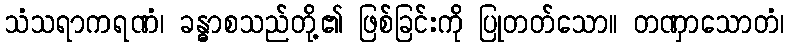
သံသရာကရဏံ၊ ခန္ဓာစသည်တို့၏ ဖြစ်ခြင်းကို ပြုတတ်သော။ တဏှာသောတံ၊